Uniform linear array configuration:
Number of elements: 32
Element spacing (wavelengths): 0.25
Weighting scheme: cosine
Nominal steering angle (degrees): -45
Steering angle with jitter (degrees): -43.5
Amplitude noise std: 0.05
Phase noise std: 0.05

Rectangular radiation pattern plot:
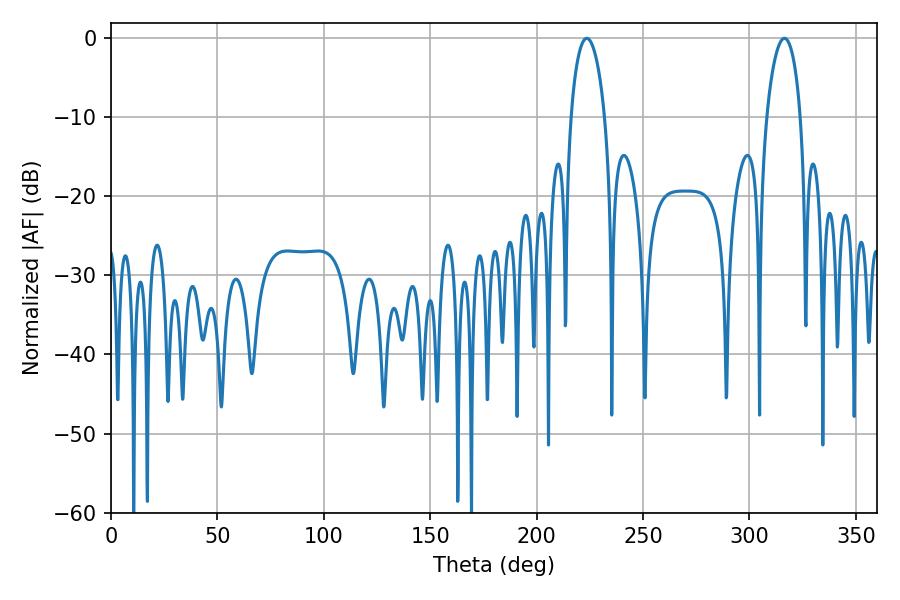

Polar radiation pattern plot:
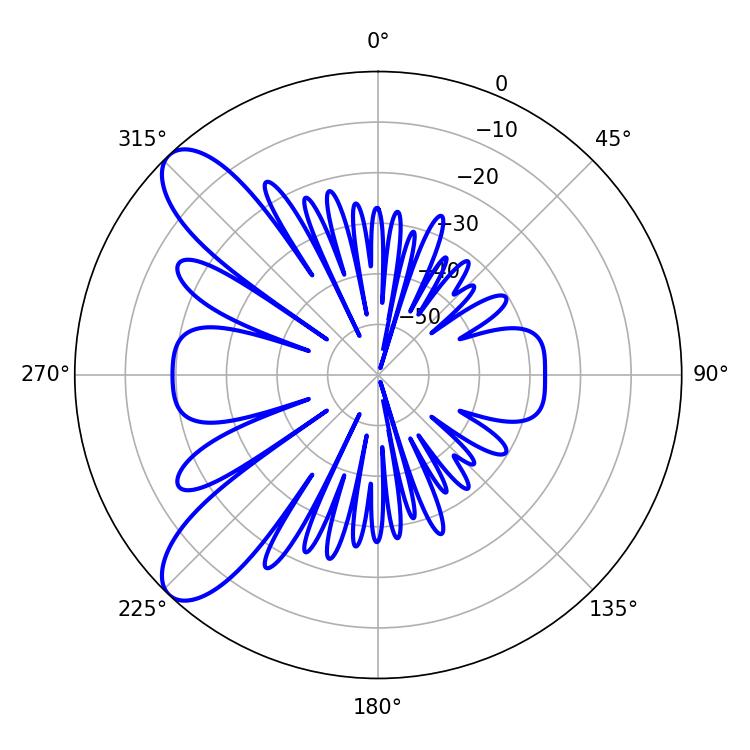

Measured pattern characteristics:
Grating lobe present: FALSE
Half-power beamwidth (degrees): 9
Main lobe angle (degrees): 223.56